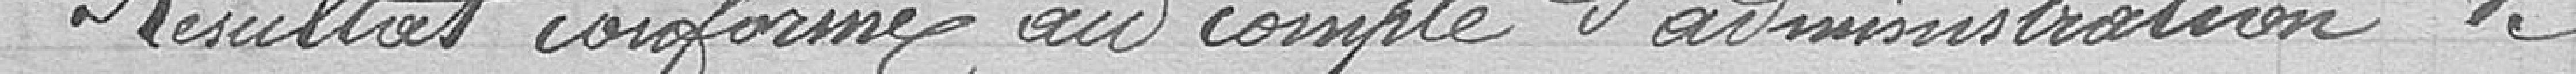
Résultat conforme au compte d'administration de